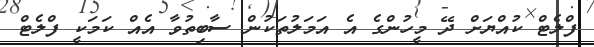
ފްލެޓް ކުއްޔަށް ދޭ މީހުންގެ އެ އަމަލުތަކުން ސާބިތުވާ އެއް ކަމަކީ ފްލެޓް